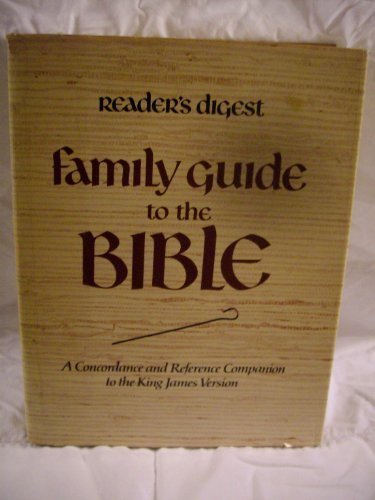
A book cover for Reader's Digest Family Guide to the Bible: A Concordance and Reference Companion to the King James Version; Editors of Reader's Digest; Christian Books & Bibles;